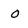
Character: O